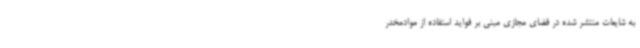
به شایعات منتشر شده در فضای مجازی مبنی بر فواید استفاده از موادمخدر